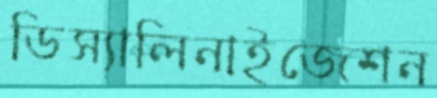
ডিস্যালিনাইজেশন